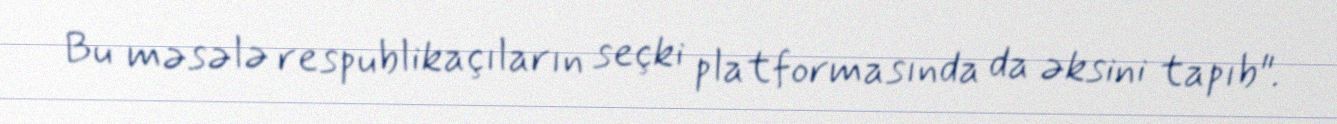
Bu məsələ respublikaçıların seçki platformasında da əksini tapıb".